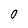
Character: 0